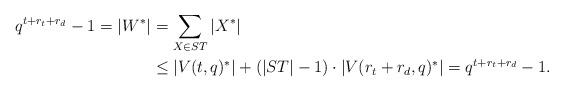
LaTeX: \begin{align*}q^{t+r_t+r_d}-1=|W^*|&=\sum_{X\in ST}|X^*|\cr&\leq |V(t,q)^*|+(|ST|-1)\cdot|V(r_t+r_d,q)^*|=q^{t+r_t+r_d}-1.\end{align*}